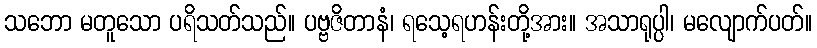
သဘော မတူသော ပရိသတ်သည်။ ပဗ္ဗဇိတာနံ၊ ရသေ့ရဟန်းတို့အား။ အသာရုပ္ပါ၊ မလျောက်ပတ်။